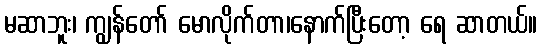
မဆာဘူး၊ ကျွန်တော် မောလိုက်တာ၊နောက်ပြီးတော့ ရေ ဆာတယ်။